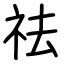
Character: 祛